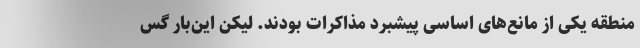
منطقه یکی از مانع‌های اساسی پیشبرد مذاکرات بودند. لیکن این‌بار گس